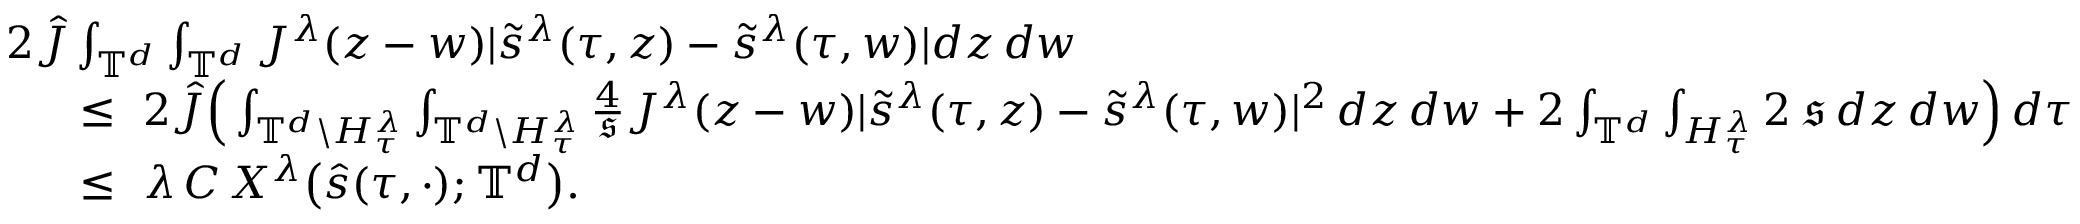
\begin{array} { r l } & { \ 2 \hat { J } \int _ { \mathbb { T } ^ { d } } \int _ { \mathbb { T } ^ { d } } J ^ { \lambda } ( z - w ) | \tilde { s } ^ { \lambda } ( \tau , z ) - \tilde { s } ^ { \lambda } ( \tau , w ) | d z \, d w } \\ & { \quad \quad \leq \ 2 \hat { J } \Big ( \int _ { \mathbb { T } ^ { d } \backslash H _ { \tau } ^ { \lambda } } \int _ { \mathbb { T } ^ { d } \backslash H _ { \tau } ^ { \lambda } } \frac { 4 } { \mathfrak { s } } J ^ { \lambda } ( z - w ) | \tilde { s } ^ { \lambda } ( \tau , z ) - \tilde { s } ^ { \lambda } ( \tau , w ) | ^ { 2 } \, d z \, d w + 2 \int _ { \mathbb { T } ^ { d } } \int _ { H _ { \tau } ^ { \lambda } } 2 \, \mathfrak { s } \, d z \, d w \Big ) \, d \tau } \\ & { \quad \quad \leq \ \lambda \, C \, X ^ { \lambda } \big ( \hat { s } ( \tau , \cdot ) ; \mathbb { T } ^ { d } \big ) . } \end{array}